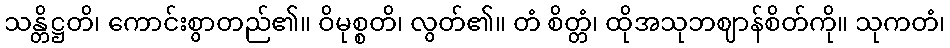
သန္တိဋ္ဌတိ၊ ကောင်းစွာတည်၏။ ဝိမုစ္စတိ၊ လွတ်၏။ တံ စိတ္တံ၊ ထိုအသုဘဈာန်စိတ်ကို။ သုကတံ၊